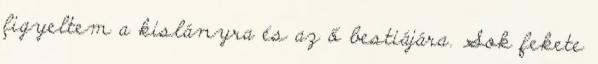
figyeltem a kislányra és az ő bestiájára. Sok fekete